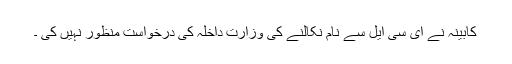
کابینہ نے ای سی ایل سے نام نکالنے کی وزارت داخلہ کی درخواست منظور نہیں کی ۔